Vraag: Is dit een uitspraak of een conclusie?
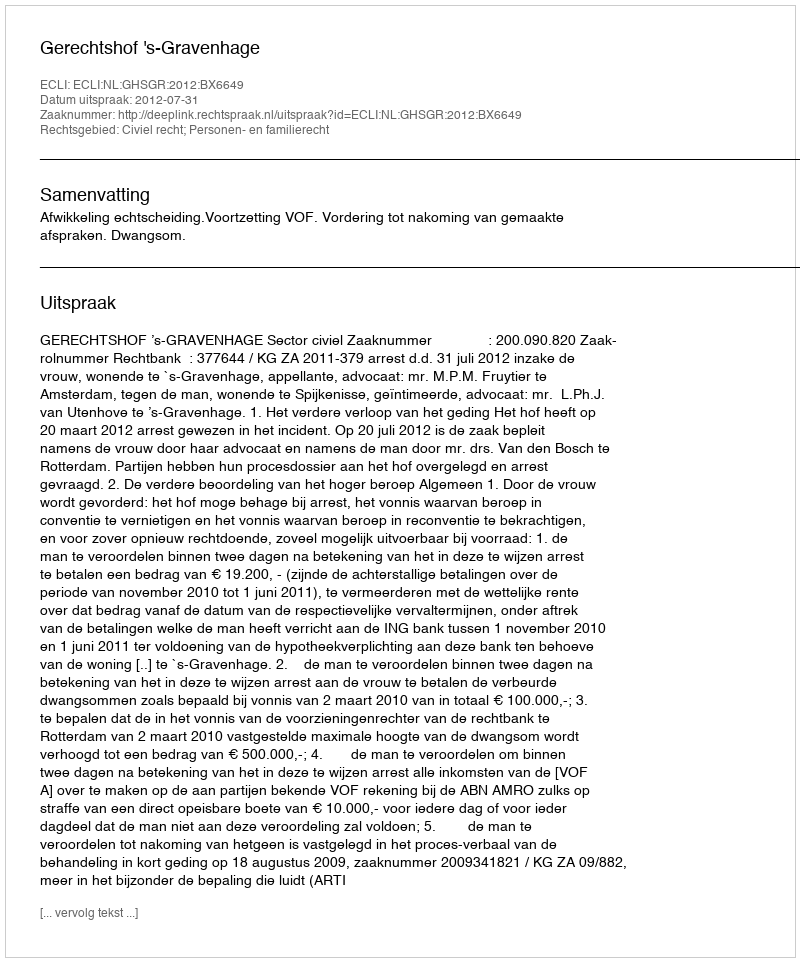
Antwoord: Uitspraak